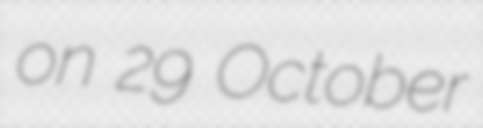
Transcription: on 29 October